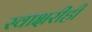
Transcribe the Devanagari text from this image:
स्वाक्षरीही